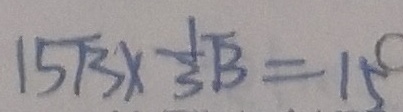
1 5 \sqrt { 3 } \times \frac { 1 } { 3 } \sqrt { 3 } = 1 5